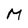
Character: M